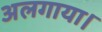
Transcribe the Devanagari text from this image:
अलगाया।